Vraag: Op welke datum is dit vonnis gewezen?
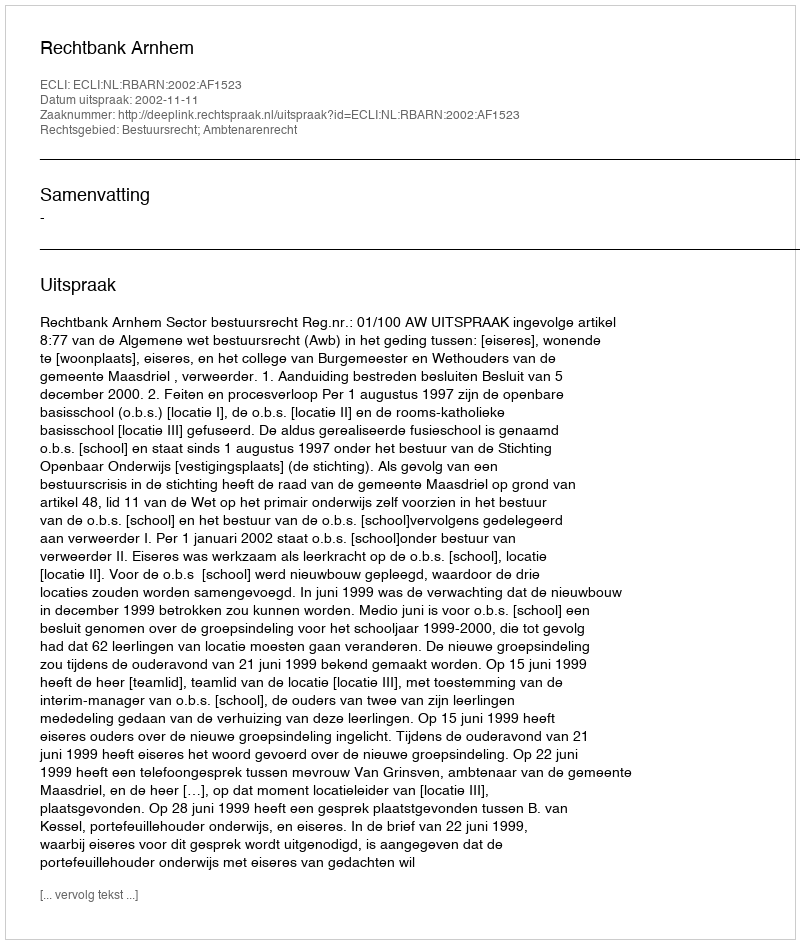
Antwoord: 2002-11-11